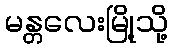
မန္တလေးမြို့သို့